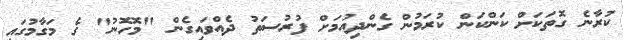
ކުރާނެ ގޮތަކަށް ކަންކަން ކުރަމުން ގެންދިއުމަށް ފުރުސަތު ދެއްވައިގެން "މޮހޮނު" ގެ މަގާމުގައި